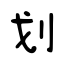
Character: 划